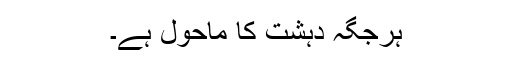
ہرجگہ دہشت کا ماحول ہے۔